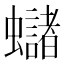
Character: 蠩